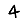
Digit: 4